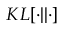
K L [ \cdot | | \cdot ]